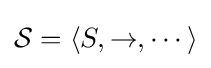
{\mathcal {S}}=\langle S,\rightarrow ,\cdots \rangle